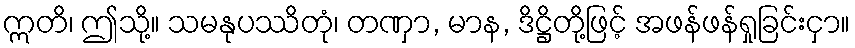
ဣတိ၊ ဤသို့။ သမနုပဿိတုံ၊ တဏှာ, မာန, ဒိဋ္ဌိတို့ဖြင့် အဖန်ဖန်ရှုခြင်းငှာ။